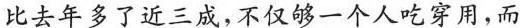
比去年多了近三成，不仅够一个人吃穿用，而